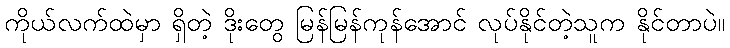
ကိုယ်လက်ထဲမှာ ရှိတဲ့ ဒိုးတွေ မြန်မြန်ကုန်အောင် လုပ်နိုင်တဲ့သူက နိုင်တာပဲ။